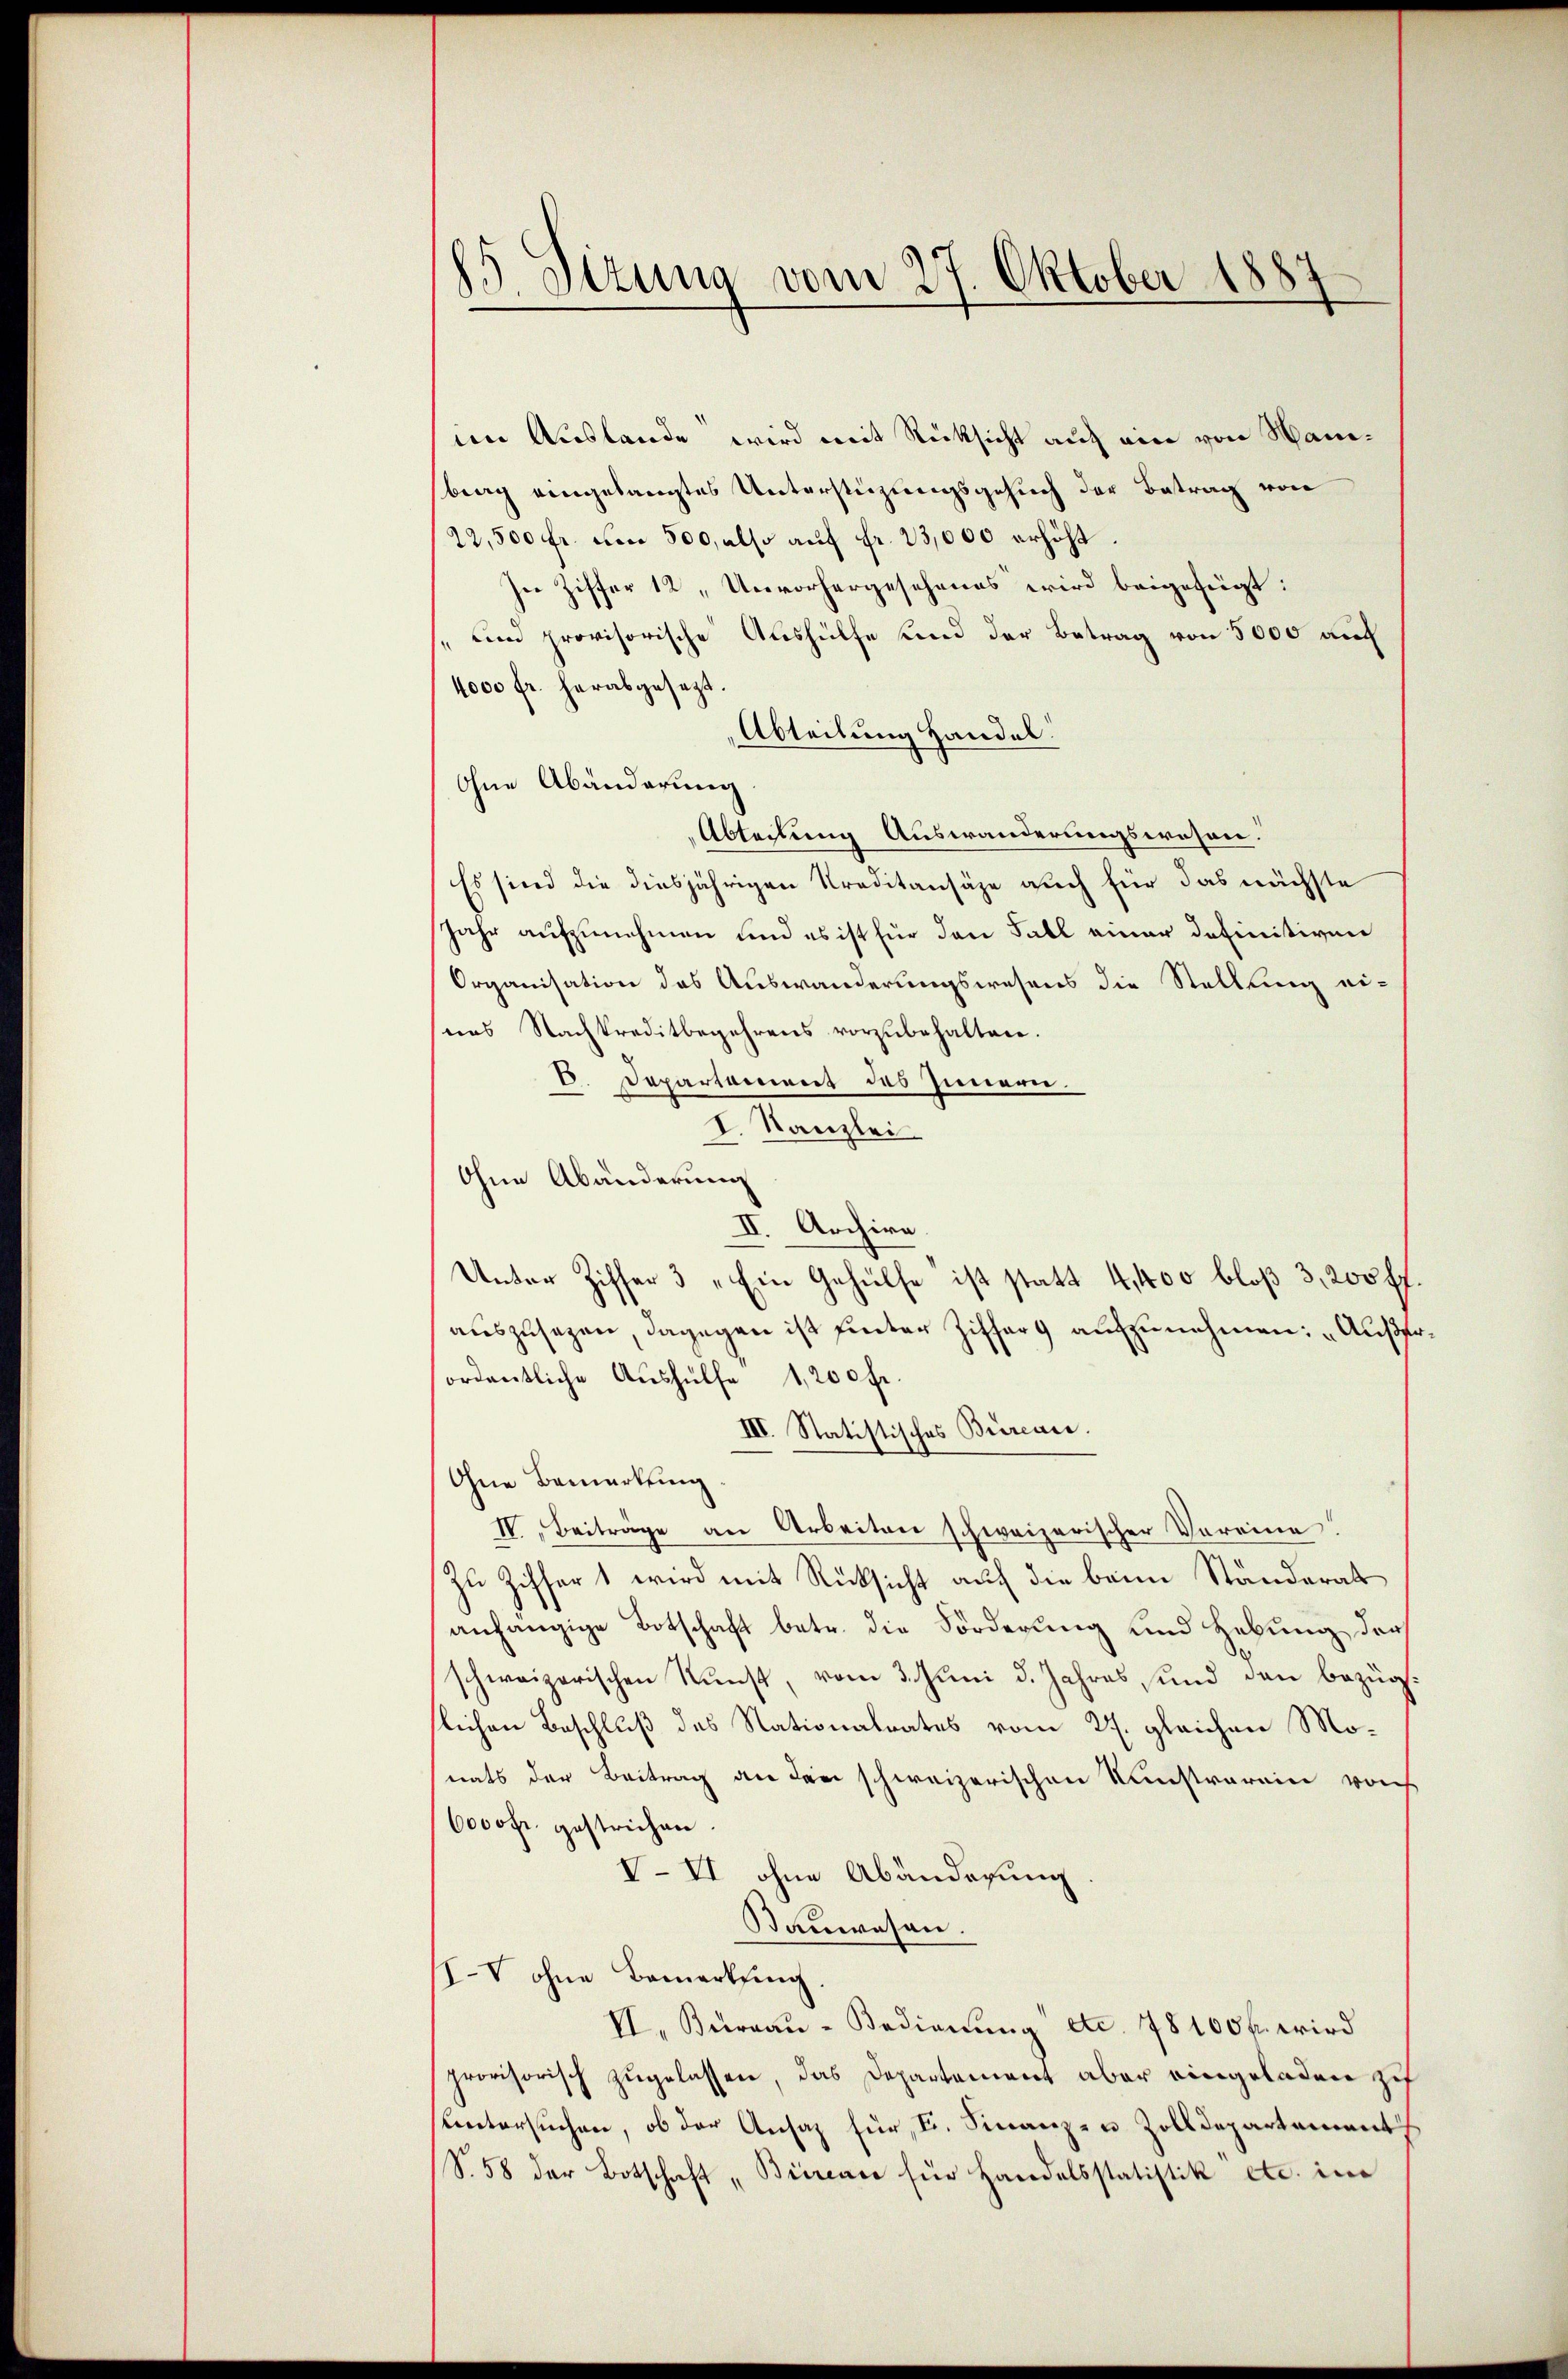
15. Situng vom 27. Oktober 1887

von Auslande wird mit Rücksicht auf ein von Hanbrag eingelangtes Unterstüzungsgesuch der Betrag von
22,500 fr. um 500, also auf fr. 23,000 erhöht.
In Ziffer 12 Unvorhergesehenes wird beigefügt:
„Den provisorische Aushülfe und der Betrag von 5000 auf
4000 fr. herabgesezt.
Abteilung Handel.
Ohne Abänderung
Abteilung Auswanderungswesen.
Es sind die diesjährigen Kreditansähe auch für das nächste
Jahr aufzunehmen und es ist für den Fall einer definitiven
Organisation des Auswanderungswesens die Stellung eines Nachkreditbegehrens vorzubehalten.
C. Departoniert des Innern.
I. Kanzlei
Ohne Abänderung
II. Archire.
Unter Ziffer 3 „Ein Gehülfe ist statt 4,400 bloß 3,200 ff.
auszusagen, dagegen ist unter Ziffer aufzunehmen: „Außerordentliche Aushülfe 1,200 fr.
III. Statistisches Büreare.
Ohne Bemerkung.
IV. Beiträge an Arbeiten schweizerischer Vereine!
Zu Ziffer 1 wird mit Rücksicht auf die beim Ständerat
anhängige Botschaft betr. die Forderung und Hebung der
schweizerischen Kunst, vom 3. Juni d. Jahres und den bezügslichen Beschluß des Nationalrates vom 27. gleichen Monats der Beitrag an den schweizerischen Kunstrarein von
6000 fr. gestrichen.
V-VI ohne Abänderung
Rauwesen.
IV ohne Bemerkung
II. Thurgau-Bedienung etc. 78100 fr. wird
provisorisch zugelassen, das Departement aber eingeladen sch
suntersuchen, ob der Ansaz für F. Finanz- u Zolldepartement
(S. 58 der Botschaft „Bierence für Handelsstatistik etc. in